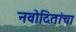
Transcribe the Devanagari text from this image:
नवोदितांचा